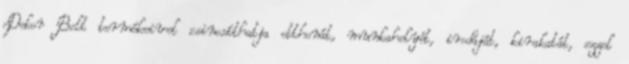
Dekor Bolt termékeivel csinosíthatja otthonát, munkahelyét, irodáját, kirakatát, ezzel